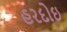
હરદોઇ